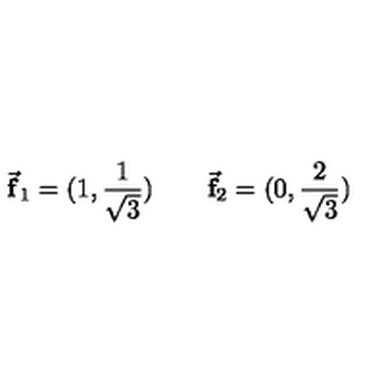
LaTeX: \vec { \mathrm { \bf f } } _ { 1 } = ( 1 , { \frac { 1 } { \sqrt { 3 } } } ) \qquad \vec { \mathrm { \bf f } } _ { 2 } = ( 0 , { \frac { 2 } { \sqrt { 3 } } } )